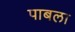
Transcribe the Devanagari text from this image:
पाबला